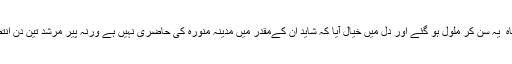
حضرت بابا بلھے شاہ ؒ یہ سن کر ملول ہو گئے اور دل میں خیال آیا کہ شاید ان کےمقدر میں مدینہ منورہ کی حاضری نہیں ہے ورنہ پیر مرشد تین دن انتظار کا حکم نہ دیتے۔